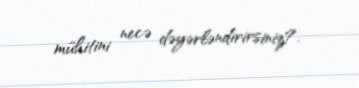
mühitini necə dəyərləndirirsiniz?.